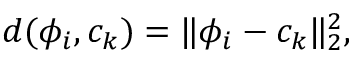
d ( \phi _ { i } , c _ { k } ) = \lVert \phi _ { i } - c _ { k } \rVert _ { 2 } ^ { 2 } ,